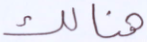
هنالك